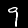
Label: 9